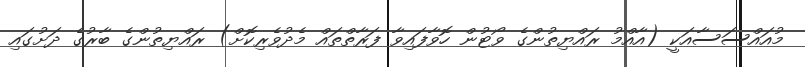
މުއައްސަސާއަކީ (އާއްމު ރައްޔިތުންގެ ވޯޓުން ހޮވާފައިވާ ފަރާތްތައް މެދުވެރިކޮށް) ރައްޔިތުންގެ ބާރުގެ ދަށުގައި